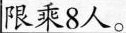
限乘8人。